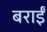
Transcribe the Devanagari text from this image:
बराईं